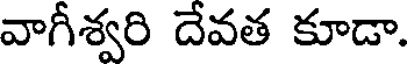
వాగీశ్వరి దేవత కూడా.